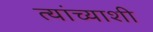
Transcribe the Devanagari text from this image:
त्‍यांच्‍याशी